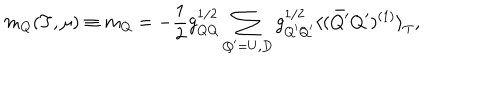
LaTeX: m _ { Q } ( T , \mu ) \equiv m _ { Q } = - \frac { 1 } { 2 } g _ { Q Q } ^ { 1 / 2 } \sum _ { Q ^ { \prime } = U , D } g _ { Q ^ { \prime } Q ^ { \prime } } ^ { 1 / 2 } { \langle ( \bar { Q ^ { \prime } } Q ^ { \prime } ) ^ { ( 1 ) } \rangle } _ { T } ,